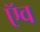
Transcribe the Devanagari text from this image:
ऍव